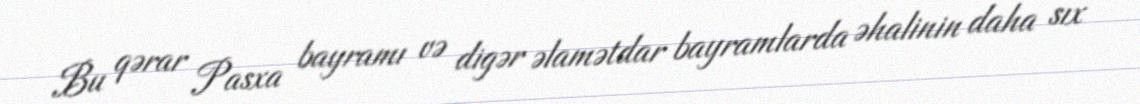
Bu qərar Pasxa bayramı və digər əlamətdar bayramlarda əhalinin daha sıx